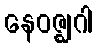
နေဝဇ္ဈဂါ